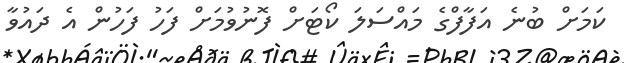
ކަމަށް ބުނެ އަފާފްގެ މައްސަލަ ކޯޓަށް ފޮނުވުމަށް ފަހު ފަހުން އެ ދައުވާ